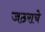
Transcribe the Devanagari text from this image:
जठराचे